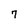
Character: 7